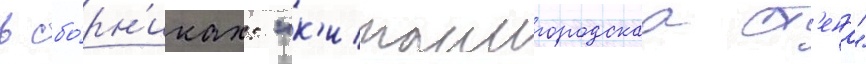
в сбо́рн'иках: "к'итаигородскаа ст'ена"